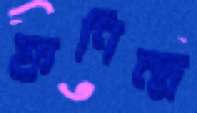
ফণিন্দ্র